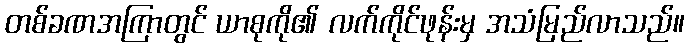
တစ်ခဏအကြာတွင် ယာစုကို၏ လက်ကိုင်ဖုန်းမှ အသံမြည်လာသည်။